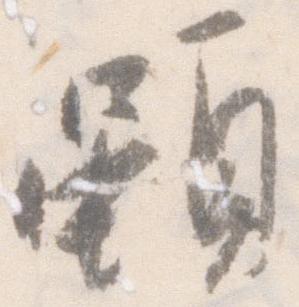
雖